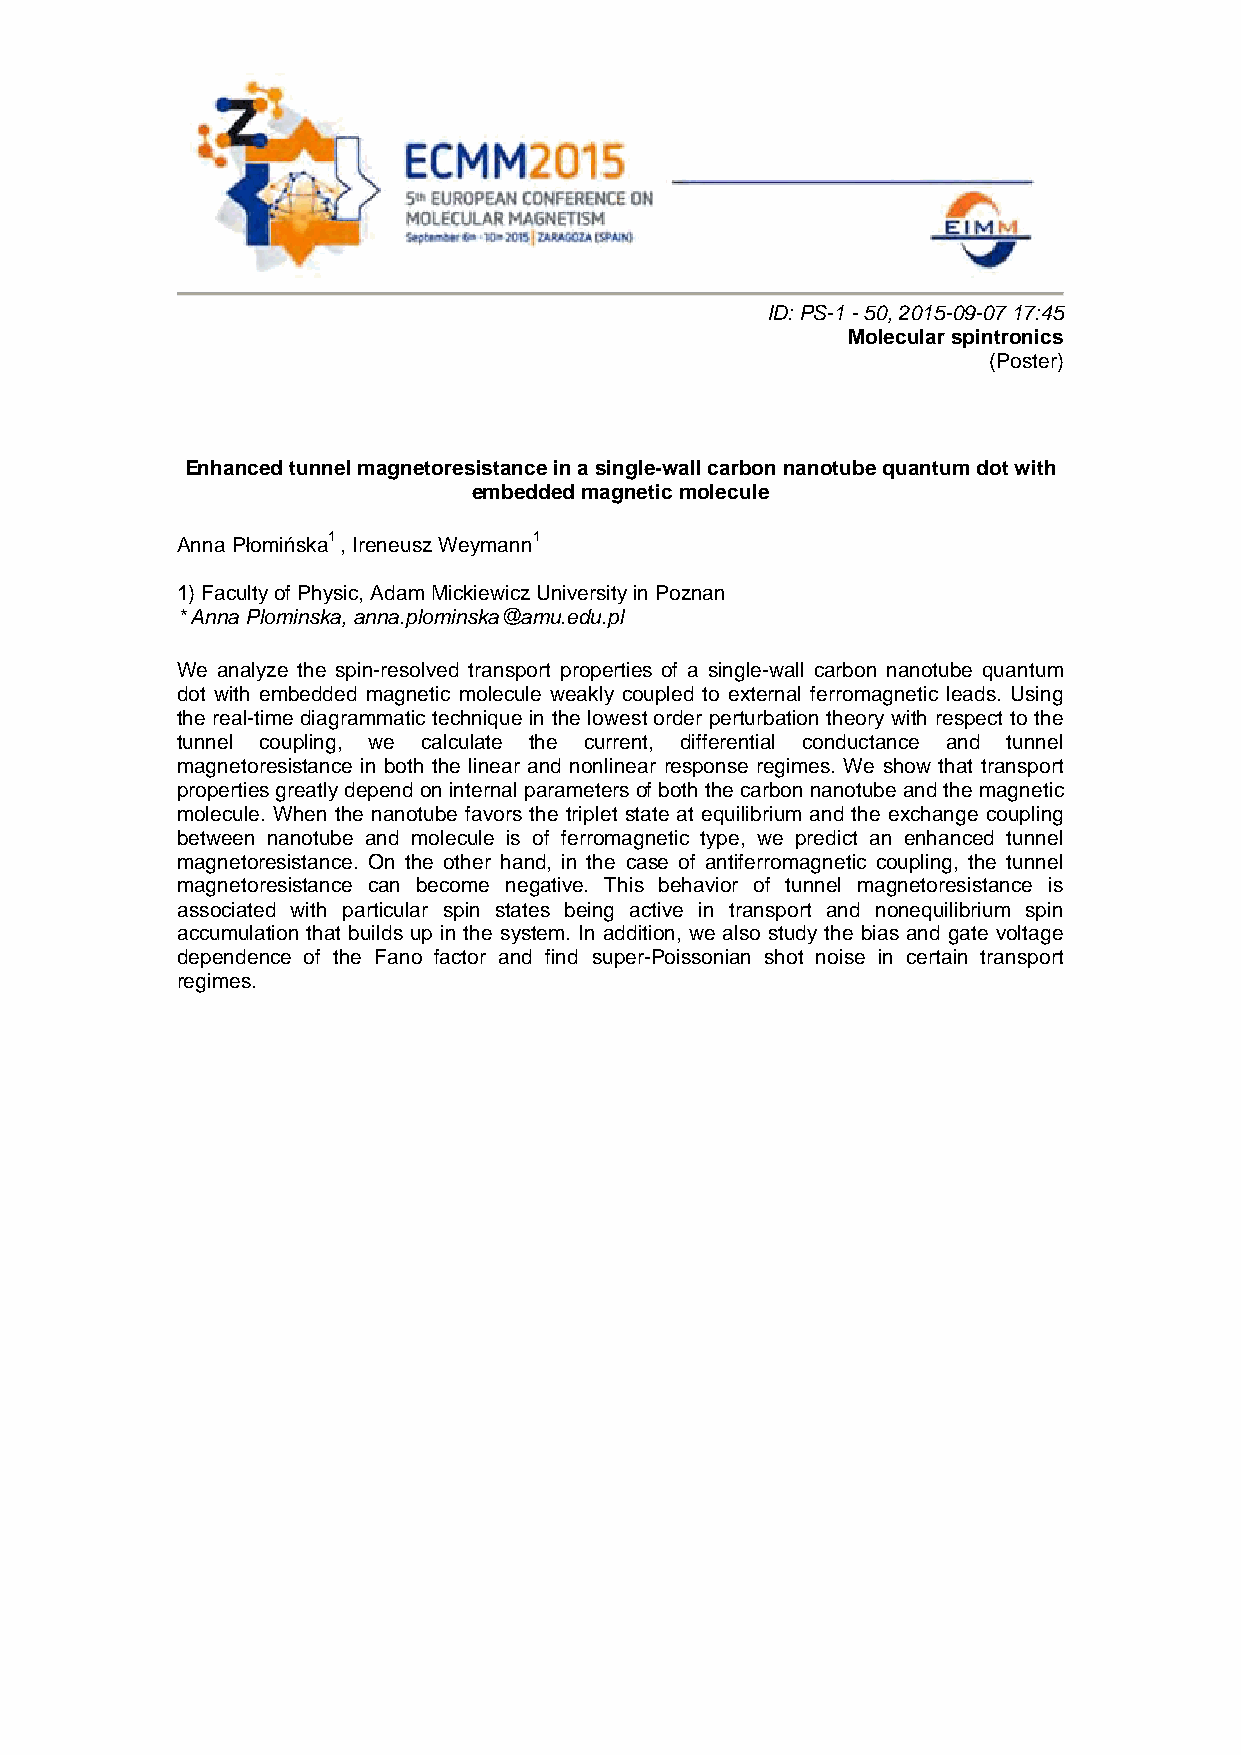
ID: PS-1 - 50, 2015-09-07 17:45
 Molecular spintronics
 (Poster)
 Enhanced tunnel magnetoresistance in a single-wall carbon nanotube quantum dot with
 embedded magnetic molecule
 Anna Płomińska1 , Ireneusz Weymann1
 1) Faculty of Physic, Adam Mickiewicz University in Poznan
 * Anna Plominska, anna.plominska@amu.edu.pl
 We analyze the spin-resolved transport properties of a single-wall carbon nanotube quantum
 dot with embedded magnetic molecule weakly coupled to external ferromagnetic leads. Using
 the real-time diagrammatic technique in the lowest order perturbation theory with respect to the
 tunnel coupling, we calculate the current, differential conductance and tunnel
 magnetoresistance in both the linear and nonlinear response regimes. We show that transport
 properties greatly depend on internal parameters of both the carbon nanotube and the magnetic
 molecule. When the nanotube favors the triplet state at equilibrium and the exchange coupling
 between nanotube and molecule is of ferromagnetic type, we predict an enhanced tunnel
 magnetoresistance. On the other hand, in the case of antiferromagnetic coupling, the tunnel
 magnetoresistance can become negative. This behavior of tunnel magnetoresistance is
 associated with particular spin states being active in transport and nonequilibrium spin
 accumulation that builds up in the system. In addition, we also study the bias and gate voltage
 dependence of the Fano factor and find super-Poissonian shot noise in certain transport
 regimes.